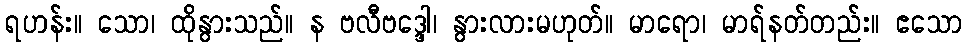
ရဟန်း။ သော၊ ထိုနွားသည်။ န ဗလီဗဒ္ဒေါ၊ နွားလားမဟုတ်။ မာရော၊ မာရ်နတ်တည်း။ ဧသော